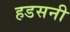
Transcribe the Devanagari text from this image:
हडसनी